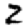
Digit: 2